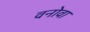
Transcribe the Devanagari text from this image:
वनोवा